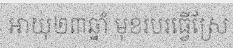
អាយុ២៣ឆ្នាំ មុខរបរធ្វើស្រែ